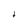
Character: t